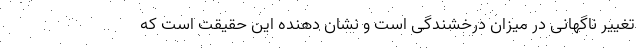
تغییر ناگهانی در میزان درخشندگی است و نشان دهنده این حقیقت است که